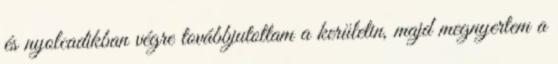
és nyolcadikban végre továbbjutottam a kerületin, majd megnyertem a